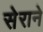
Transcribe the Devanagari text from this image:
सेराने